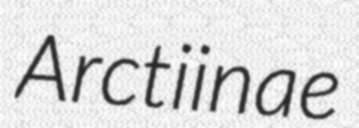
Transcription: Arctiinae